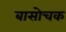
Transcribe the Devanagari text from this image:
बासोचक